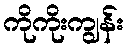
ကိုကိုးကျွန်း